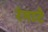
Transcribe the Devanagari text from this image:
रंगाटे